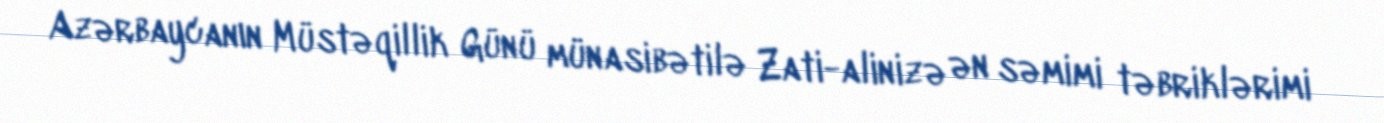
Azərbaycanın Müstəqillik Günü münasibətilə Zati-alinizə ən səmimi təbriklərimi